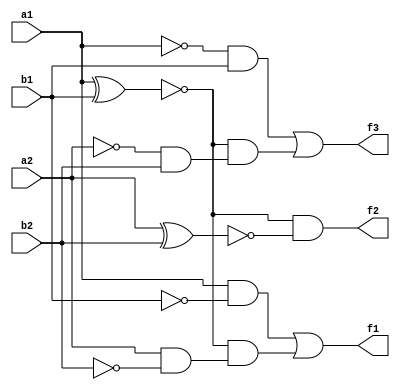
`timescale 1ns / 1ps

module TBBC(
    input a1, a2, b1, b2,
    output f1, f2, f3
    );
    
    assign f1 = (a1 & ~b1) | (~(a1 ^ b1) & (a2 & ~b2));
    assign f2 = ~(a1 ^ b1) & ~(a2 ^ b2);
    assign f3 = (~a1 & b1) | (~(a1 ^ b1) & (~a2 & b2));
    
endmodule